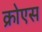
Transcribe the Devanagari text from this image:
क्रोएस